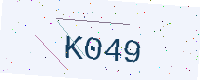
Text: K049